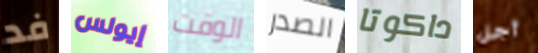
فد إيولس الوقت الصدر داكوتا أجل